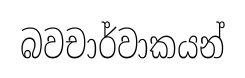
බවචාර්වාකයන්